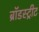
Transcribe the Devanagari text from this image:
ब्रॉडस्ट्रीट